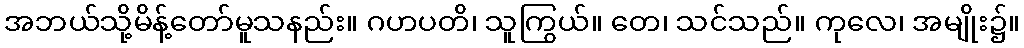
အဘယ်သို့မိန့်တော်မူသနည်း။ ဂဟပတိ၊ သူကြွယ်။ တေ၊ သင်သည်။ ကုလေ၊ အမျိုး၌။